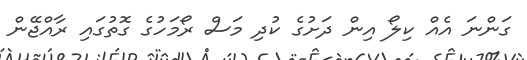
ގަންނަ އެއް ކިލޯ އިން ދަށުގެ ކުދި މަސް ރޯމަހުގެ ގޮތުގައި ރާއްޖޭން